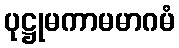
ပုဋ္ဌုမကာမမာဂမံ